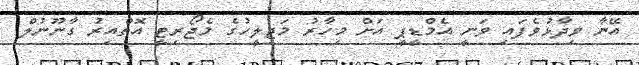
އޭނާ ވިދާޅުވެފައި ވަނީ އެމްޑީޕީ އަށް މިހާރު މަޖިލީހުގެ މެޖޯރިޓީ އޮތްއިރު ގާނޫނުލް